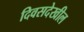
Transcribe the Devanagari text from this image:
दिवसदेखील